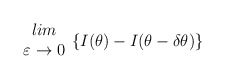
\begin{align*}\begin{array}{c}lim\\\varepsilon \rightarrow 0\end{array}\{I(\theta )-I(\theta -\delta \theta )\}\end{align*}